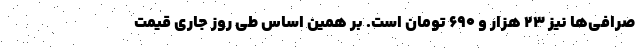
صرافی‌ها نیز ۲۳ هزار و ۶۹۰ تومان است. بر همین‌ اساس طی روز جاری قیمت